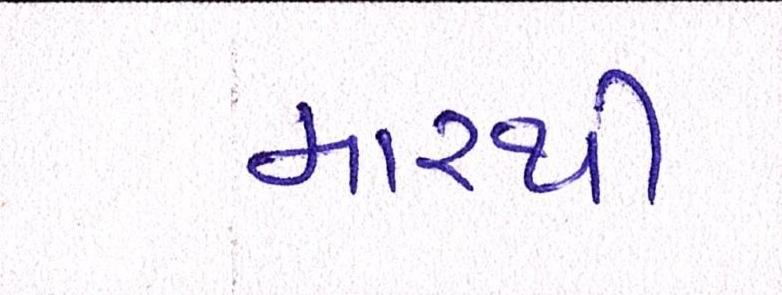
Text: મારથી